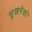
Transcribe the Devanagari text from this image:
सुखनेको